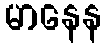
မာနေန